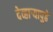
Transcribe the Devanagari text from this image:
देव्हार्‍यापुढे